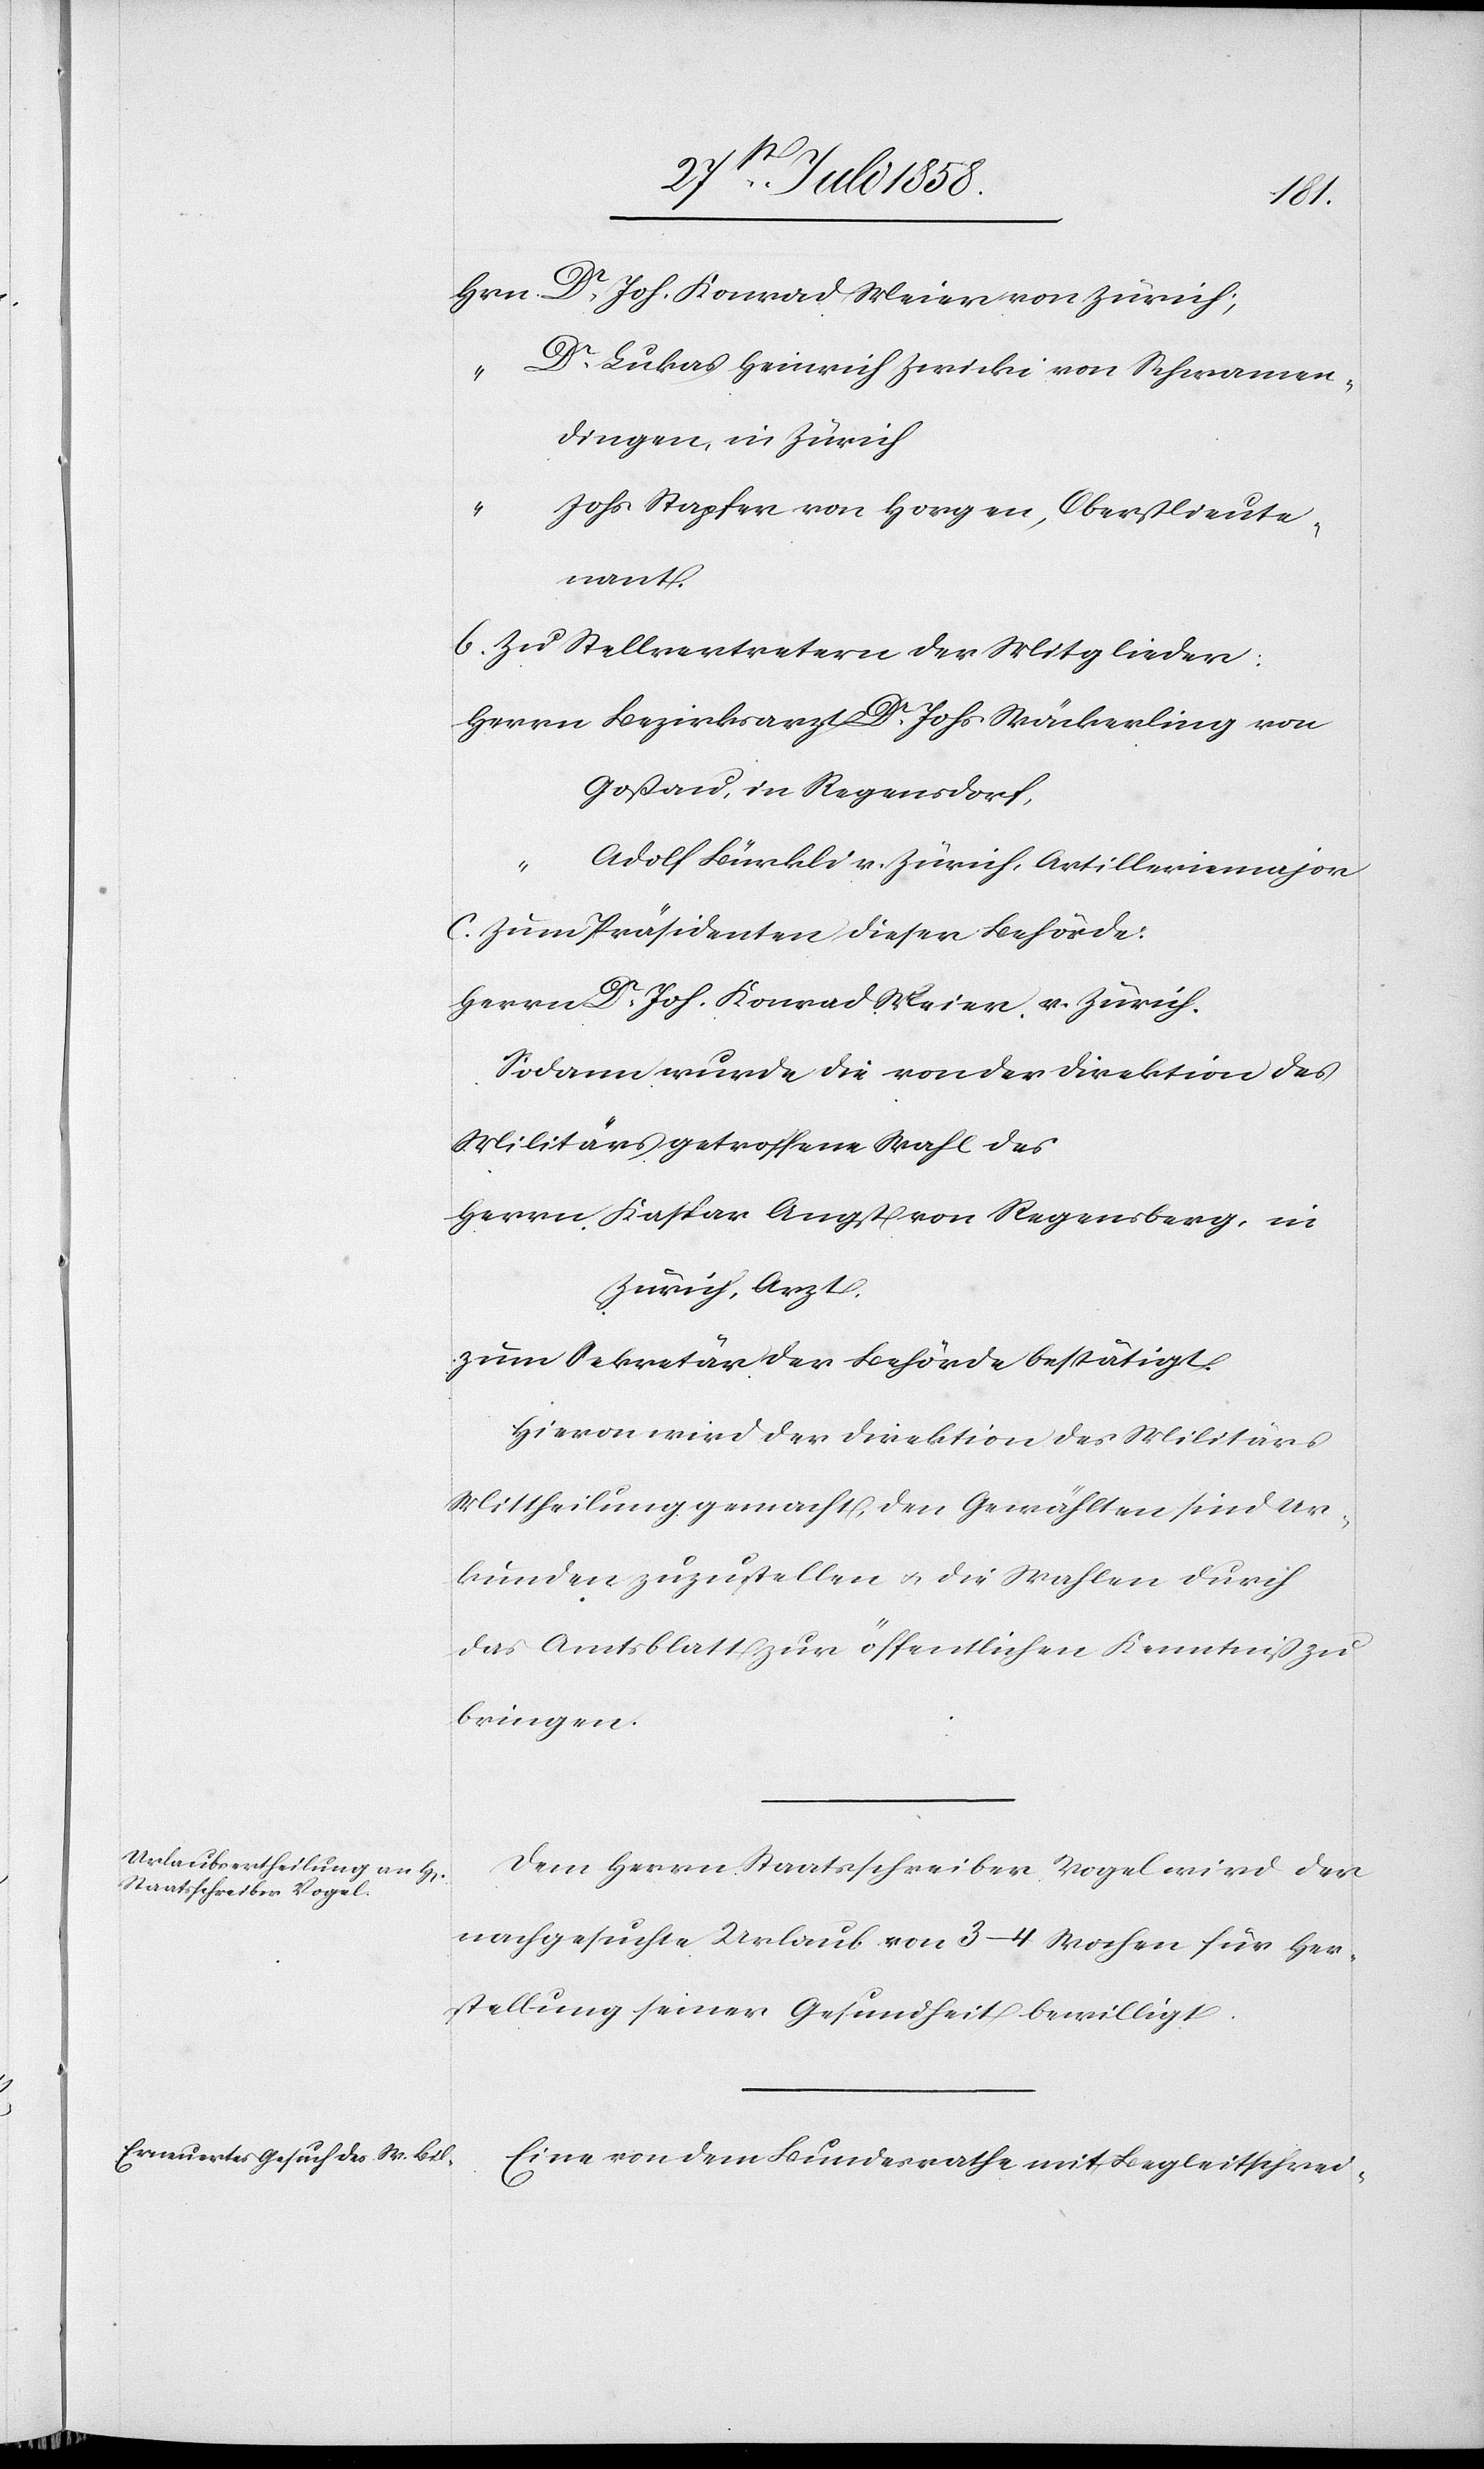
Hrn. Dr. Joh. Konrad Meier von Zürich;
Dr. Lukas Heinrich Zwicki von Schwamen¬
dingen, in Zürich
Johs. Stapfer von Horgen, Oberstlieute¬
nant.
b. Zu Stellvertretern der Mitglieder:
Herrn Bezirksarzt Dr. Johs. Wäckerling von
Goßau, in Regensdorf,
Adolf Bürkli v. Zürich, Artilleriemajor
c. Zum Präsidenten dieser Behörde:
Herrn Dr. Joh. Konrad Meier, v. Zürich.
Sodann wurde die von der Direktion des
Militärs getroffene Wahl des
Herrn Kaspar Angst von Regensberg, in
Zürich, Arzt,
zum Sekretär der Behörde bestätigt.
Hievon wird der Direktion des Militärs
Mittheilung gemacht, den Gewählten sind Ur¬
kunden zuzustellen & die Wahlen durch
das Amtsblatt zur öffentlichen Kenntniß zu
bringen.
Dem Herrn Staatsschreiber Vogel wird der
nachgesuchte Urlaub von 3–4 Wochen für Her¬
stellung seiner Gesundheit bewilligt.
Eine von dem Bundesrathe mit Begleitschrei-